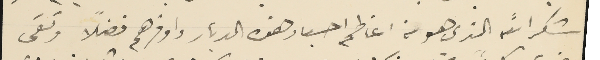
شكرالله الذي هو من اعاظم احبار هذه الديار واوفرهم فضلاً وتقى